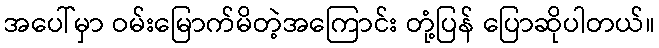
အပေါ်မှာ ဝမ်းမြောက်မိတဲ့အကြောင်း တုံ့ပြန် ပြောဆိုပါတယ်။